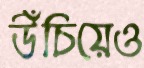
উঁচিয়েও